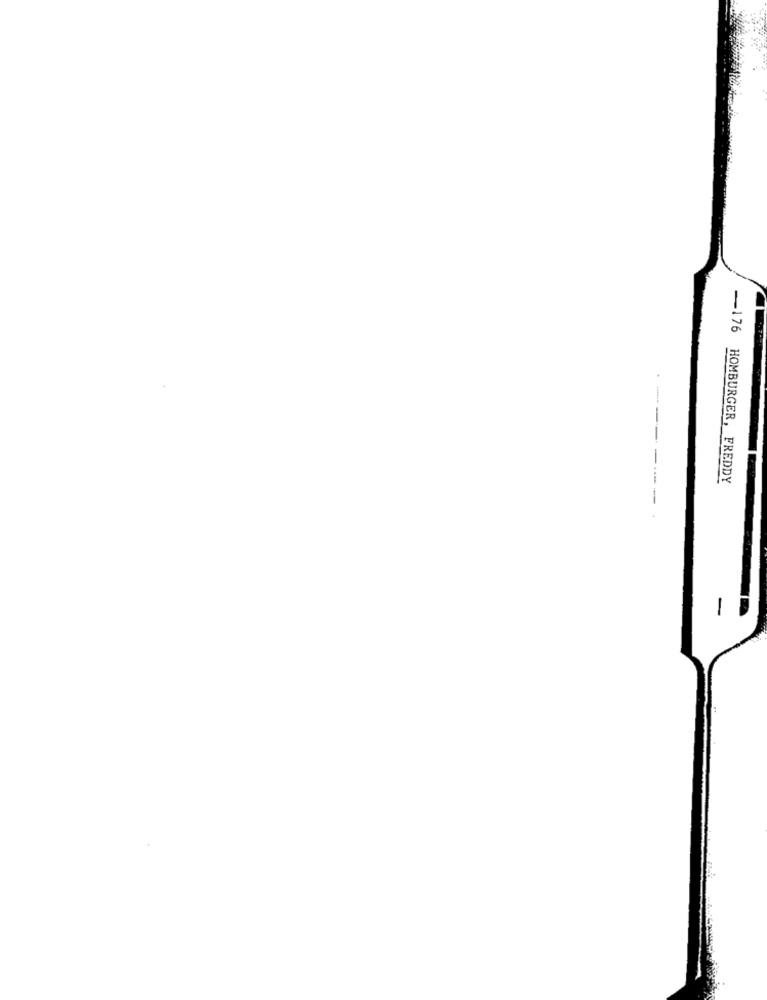
-176 HOMBURGER, FREDDY
-